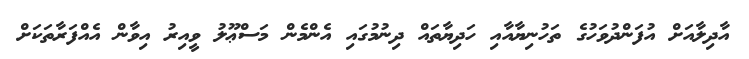
އާދިލާއަށް އުފަންދުވަހުގެ ތަހުނިޔާއާއި ހަދިޔާތައް ދިނުމުގައި އެންމެން މަސްޢޫލު ވީއިރު އިވާން އެއްފަރާތަކަށް